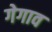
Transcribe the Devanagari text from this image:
गेगाव